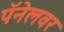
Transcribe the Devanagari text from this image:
पॅनेलवर